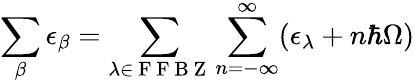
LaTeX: \sum_{\beta}\epsilon_{\beta}=\sum_{\lambda\in\mathrm{~F~F~B~Z~}}\sum_{n=-\infty}^{\infty}(\epsilon_{\lambda}+n\hbar\Omega)